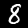
Label: 8